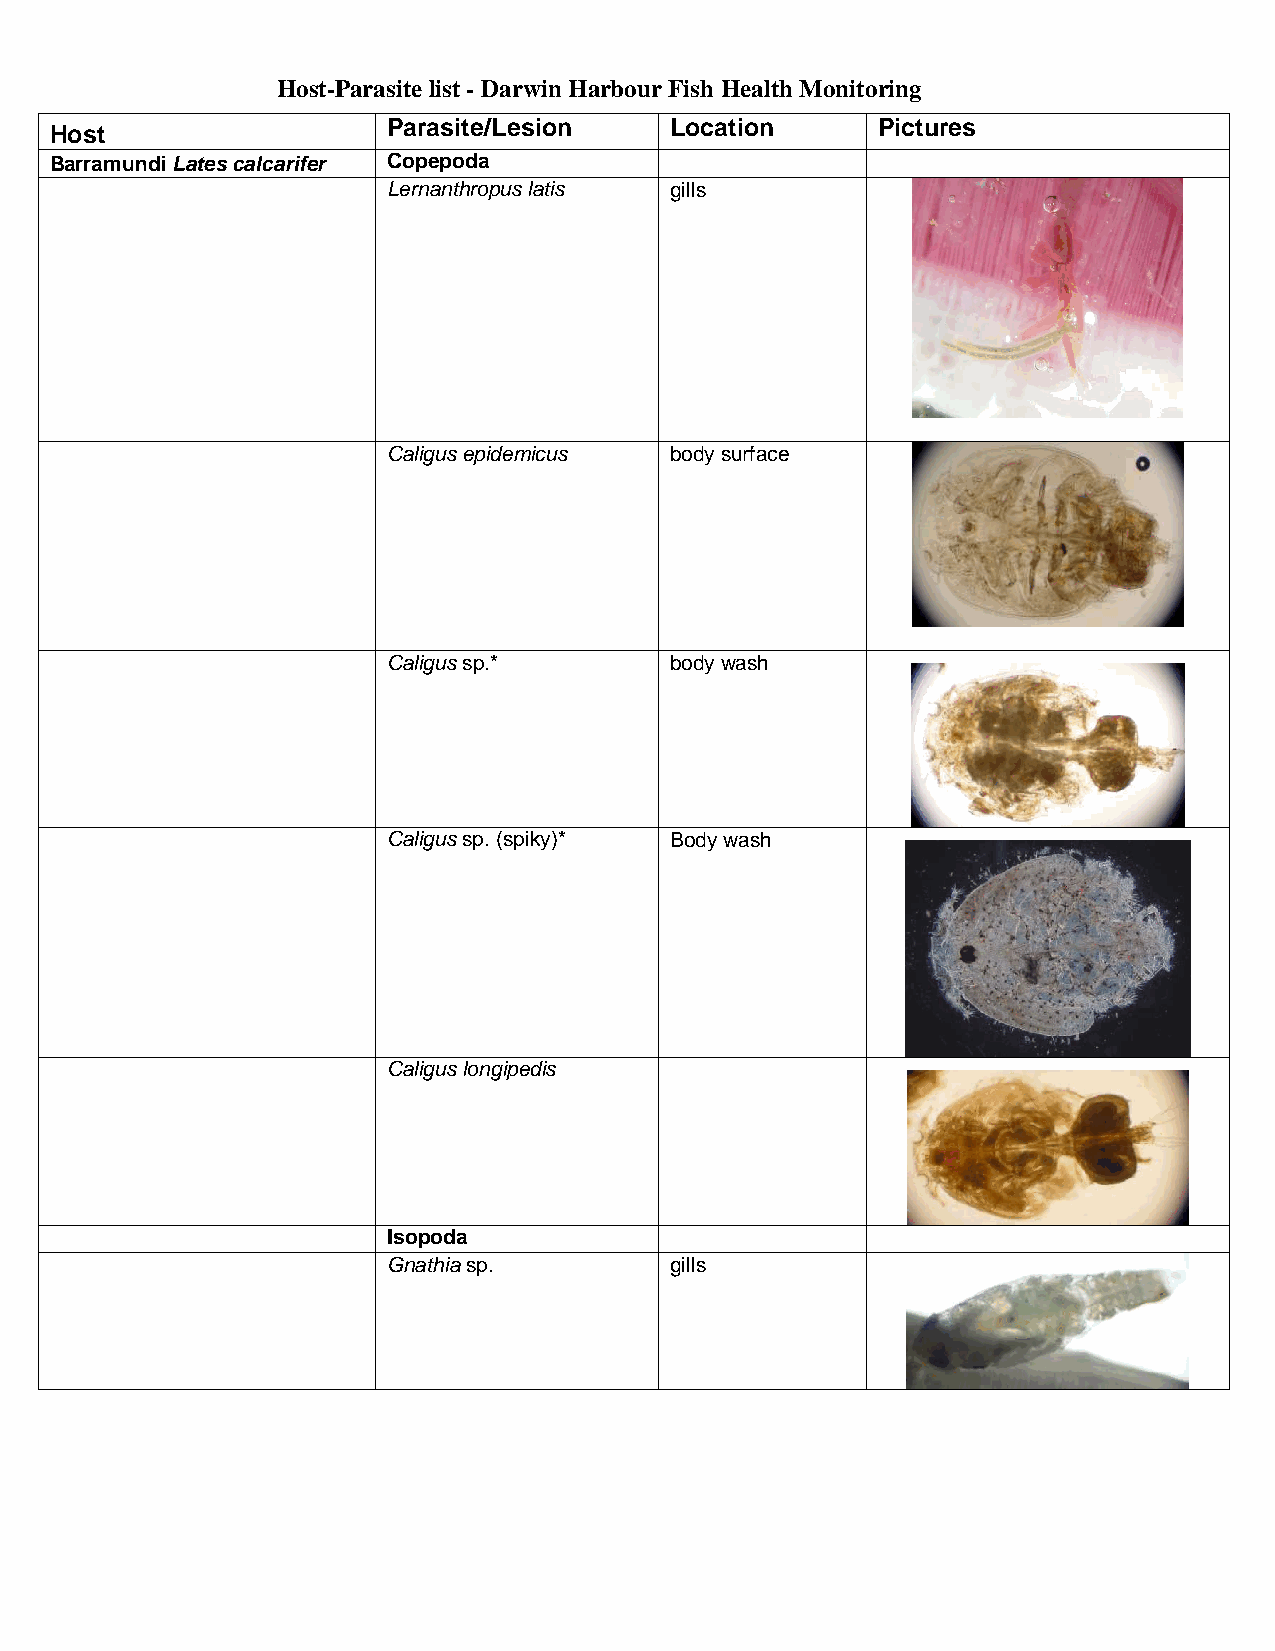
Host-Parasite list - Darwin Harbour Fish Health Monitoring
 Host
 Parasite/Lesion   Location      Pictures
 Barramundi Lates calcarifer Copepoda
 Lernanthropus latis gills
 Caligus epidemicus body surface
 Caligus sp.*      body wash
 Caligus sp. (spiky)* Body wash
 Caligus longipedis
 Isopoda
 Gnathia sp.       gills